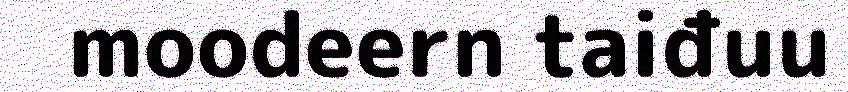
moodeern taiđuu